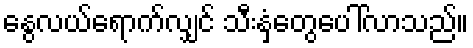
နွေလယ်ရောက်လျှင် သီးနှံတွေပေါ်လာသည်။